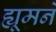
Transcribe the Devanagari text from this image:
ह्यूमने